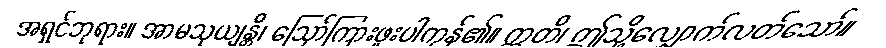
အရှင်ဘုရား။ အာမသုယျန္တိ၊ ဩော်ကြားဖူးပါကုန်၏။ ဣတိ၊ ဤသို့လျှောက်လတ်သော်။